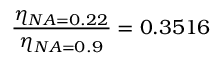
\frac { \eta _ { N A = 0 . 2 2 } } { \eta _ { N A = 0 . 9 } } = 0 . 3 5 1 6